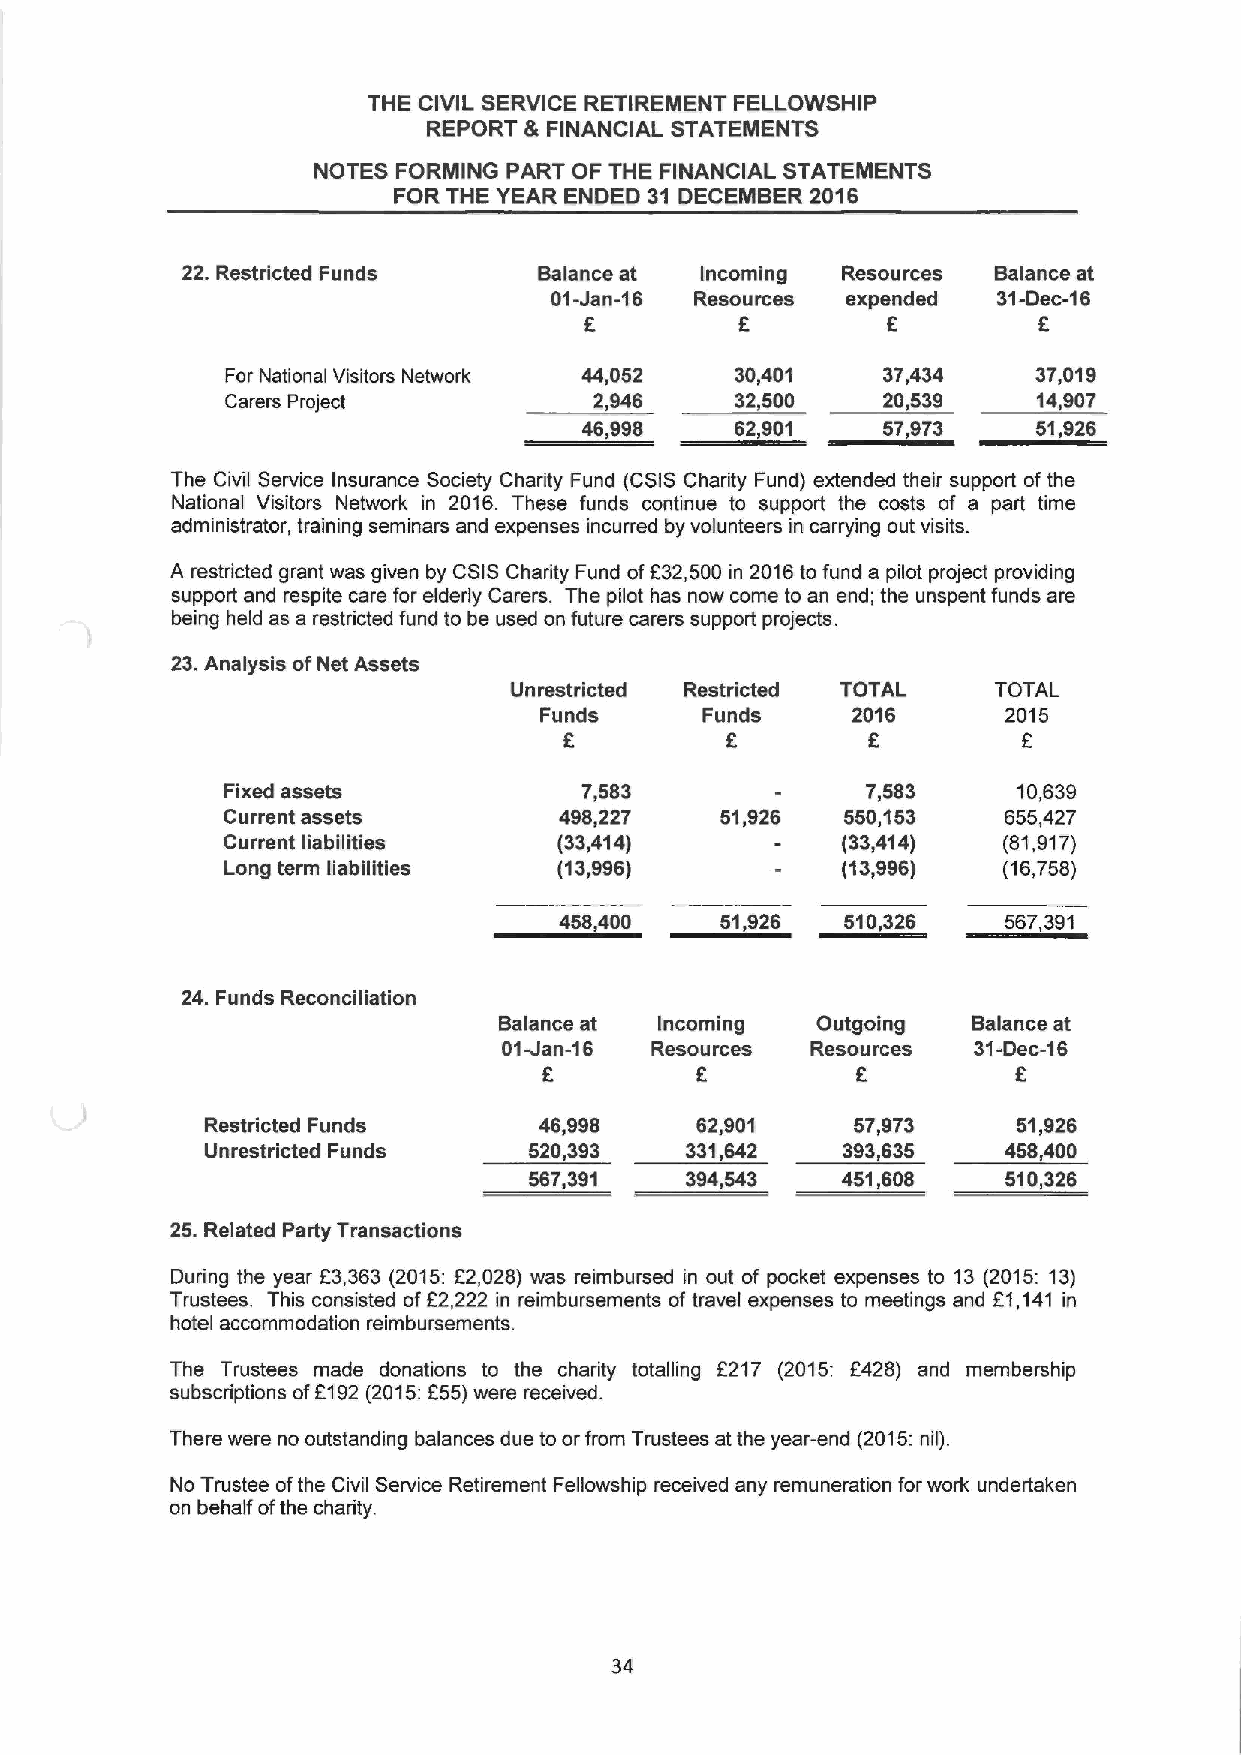
THE CIVIL SERVICE RETIREMENT FELLOWSHIP
 REPORT & FINANCIAL STATEMENTS
 NOTES FORMING PART OF THE FINANCIAL STATEMENTS
 FOR THE YEAR ENDED 31 DECEMBER 2016
 22.Restricted Funds     Balance at Incoming Resources Balance at
 01Jan-16  Resources expended  31-Dec-16
 E         F         E         E
 For National Visitors Network 44,052 30,401 37,434    37,019
 Carers Project          2,946     32,500   20,539     14,907
 46,998    62,901   57,973     51,926
 The Civil Service Insurance Society Charity Fund (CSISCharity Fund) extended their support of the
 National Visitors Network in 2016. These funds continue to support the costs of a part time
 administrator, training seminars and expenses incurred by volunteers in carrying out visits.
 A restricted grant was given by CSIS Charity Fund ofE32,500 in 2016to fund a pilot project providing
 support and respite care for elderly Carers. The pilot has now come to an end; the unspent funds are
 being held as a restricted fund to be used on future carers support projects.
 23.Analysis ofNet Assets
 Unrestricted Restricted TOTAL   TOTAL
 Funds     Funds     2016      2015
 E          E        E
 Fixed assets           7,583              7,583     10,639
 Current assets        498,227    51,926  550,153   655,427
 Current liabilities   (33,414)           (33,414)  (81,917)
 Long term liabilities (13,996)           (13,996)  (16,758)
 458,400    51,926  510,326   557,391
 24. Funds Reconciliation
 Balance at Incoming  Outgoing  Balance at
 01Jan-16  Resources  Resources 31-Dec-16
 E         E
 Restricted Funds      46,998    62,901     57,973    51,926
 Unrestricted Funds   520,393   331,642    393,635   458,400
 567,391   394,543    451,608   510,326
 25.Related Party Transactions
 During the year E3,363 (2015:E2,028) was reimbursed in out of pocket expenses to 13 (2015: 13)
 Trustees. This consisted ofF2,222 in reimbursements of travel expenses to meetings and E1,141 in
 hotel accommodation reimbursements.
 The Trustees made donations to the charity totalling E217 (2015: E428) and membership
 subscriptions ofE192 (2015:E55)were received.
 There were no outstanding balances due to or from Trustees at the year-end (2015:nil).
 No Trustee ofthe Civil Service Retirement Fellowship received any remuneration for work undertaken
 on behalf ofthe charity.
 34